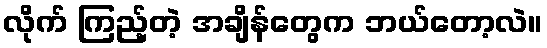
လိုက် ကြည့်တဲ့ အချိန်တွေက ဘယ်တော့လဲ။